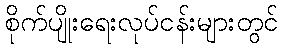
စိုက်ပျိုးရေးလုပ်ငန်းများတွင်